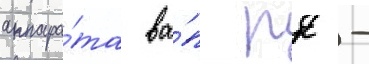
аппара́та ва́п рк -